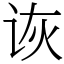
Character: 诙